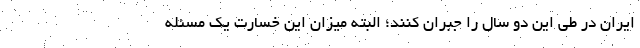
ایران در طی این دو سال را جبران کنند؛ البته میزان این خسارت یک مسئله